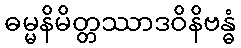
ဓမ္မနိမိတ္တဿာဒဝိနိဗန္ဓံ